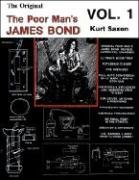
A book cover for The Poor Man's James Bond (vol. 1); Kurt Saxon; Science & Math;